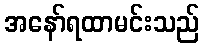
အနော်ရထာမင်းသည်